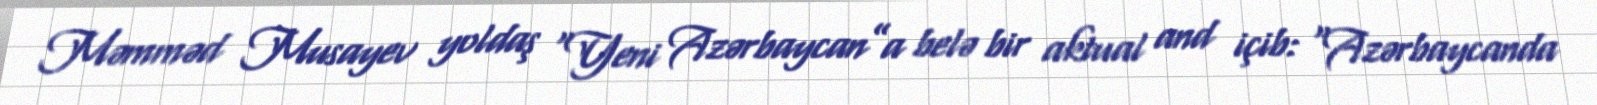
Məmməd Musayev yoldaş “Yeni Azərbaycan”a belə bir aktual and içib: “Azərbaycanda